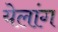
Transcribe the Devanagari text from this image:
येलांग